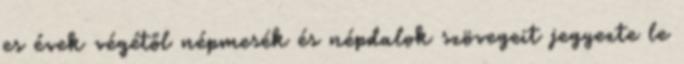
es évek végétől népmesék és népdalok szövegeit jegyezte le